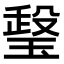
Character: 𤧧